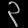
Digit: ၃